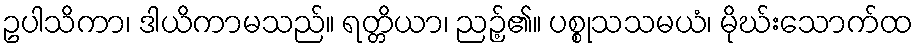
ဥပါသိကာ၊ ဒါယိကာမသည်။ ရတ္တိယာ၊ ညဉ့်၏။ ပစ္စုသသမယံ၊ မိုဃ်းသောက်ထ